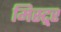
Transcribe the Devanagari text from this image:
मिस्ट्र्र्र्र